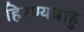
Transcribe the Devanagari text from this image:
हिरण्यबाहु